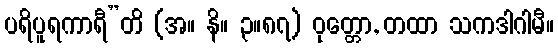
ပရိပူရကာရီ”တိ (အ။ နိ။ ၃။၈၇) ဝုတ္တော, တထာ သကဒါဂါမီ။